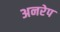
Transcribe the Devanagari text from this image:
अनरेप